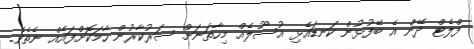
ފްލެޓް ދޭން އެ ބޭފުޅުން ކަނޑައެޅި އުސޫލެއް މިހާތަނަށް ސަރުކާރުން ހާމަކޮށްފައެއް ނެތެވެ.